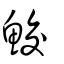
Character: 鮫